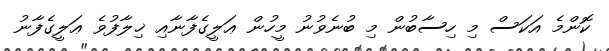
ކޮންމެ އަކަސް މި ހިސާބުން މި ބުނެވުނު މީހުން ޢަލީގެފާނާއި ޚިލާފުވެ ޢަލީގެފާނު